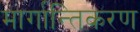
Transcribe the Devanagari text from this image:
मार्गान्तिकरण